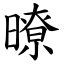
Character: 暸